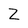
Character: Z